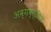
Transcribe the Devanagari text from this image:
अव्यव्स्थित